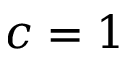
c = 1